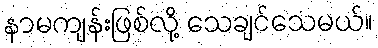
နာမကျန်းဖြစ်လို့ သေချင်သေမယ်။